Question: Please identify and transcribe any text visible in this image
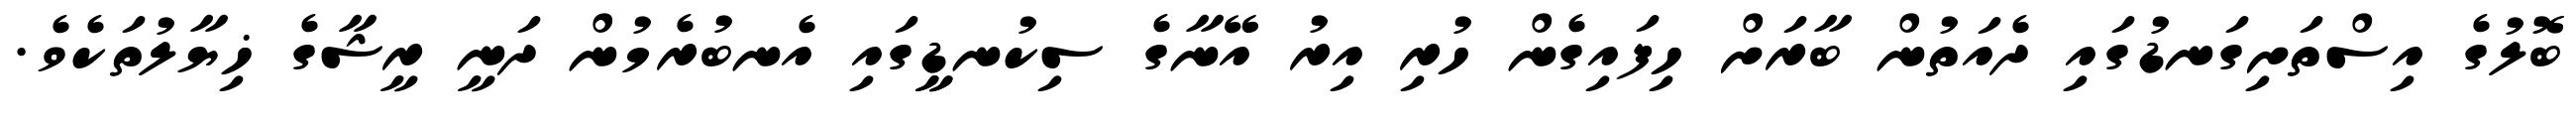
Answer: ބޮލުގެ އިސްތަށިގަނޑުގައި ދެއަތުން ބާރަށް ހިފައިގެން ހުރި އިރު އޭނާގެ ސިކުނޑީީގައި އެނބުރެމުން ދަނީ ރީޝާގެ ޚިޔާލުތަކެވެ.